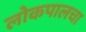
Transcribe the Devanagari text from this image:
लोकपालचा